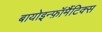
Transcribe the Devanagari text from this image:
बायोइन्फ़ॉर्मैटिक्स